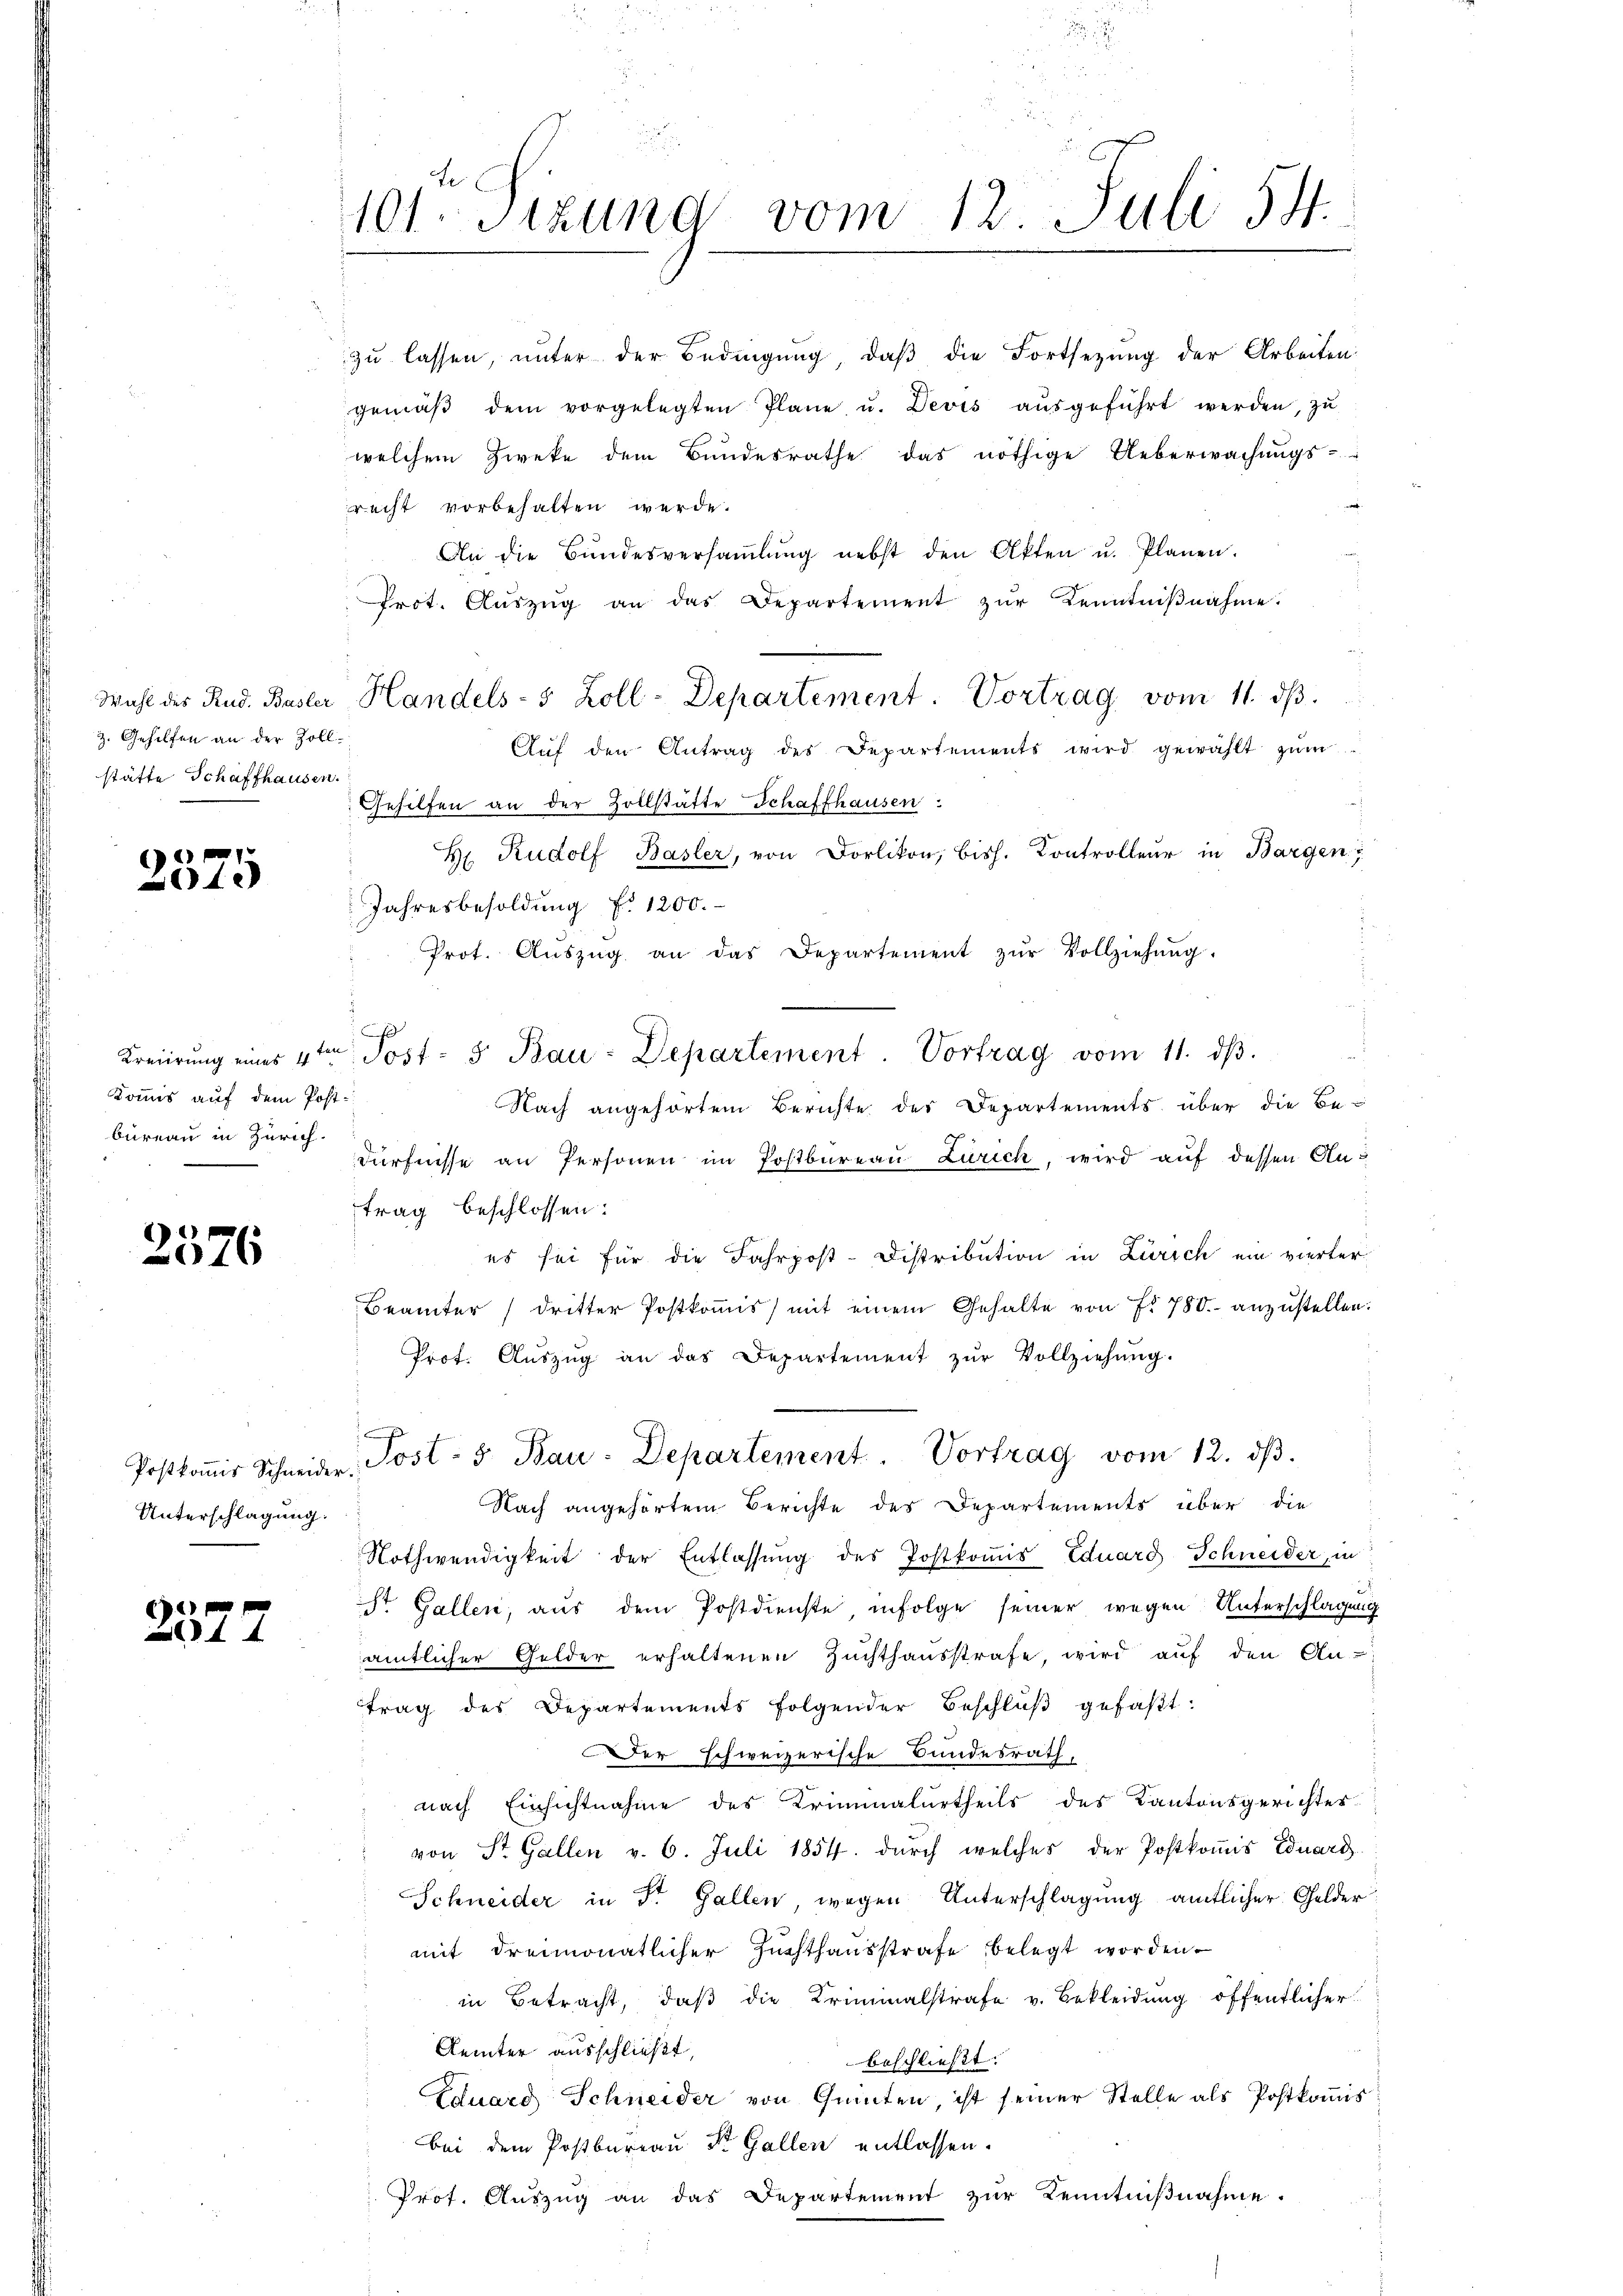
z. Gehilfen an der Zollstätte Schaffhausen.

2575

Kommis auf dem Post-
bureau in Zürich.

2376

Unterschlagung.

p
44

101. Sizung vom 12. Juli 54.

welchem Zweke dem Bundesrathe das nöthige Ueberwachungs-
recht vorbehalten werde.
An die Bŭndesversaṁlŭng nebst den Akten u. Planen.
Prot. Aŭszŭg an das Departement zŭr Kenntniβnahme.
Wahl des Rud. Basler Handels- 5 Zoll-Departement. Vortrag vom 11. dβ.
Aŭf den Antrag des Departements wird gewählt zŭm
Gehilfen an der Zollstätte Schaffhausen
H. Rudolf Basler, von Dorlikon, bish. Controlleur in Bargen
Jahresbesoldung f. 1200.
Prot. Aŭszŭg an das Departement zŭr Vollziehŭng.
Kreiirŭng eines 4ten Post- 5. Bau-Departement. Vortrag vom 11. dβ.
Nach angehörtem Berichte der Departements über die Bedürfnisse an Personen im Postbureau Zürich, wird auf dessen Antrag beschlossen:
es sei für die Fahrpost-Distribution in Zürich ein vierter
Beamter dritter Postkomis) mit einem Gehalte von No 780. anzustellen.
Prot. Aŭszŭg an das Departement zŭr Vollziehŭng.
Postkoṁis Schneider Post- 5. Bau-Departement. Vortrag vom 12. dβ.
Nach angehörtem Berichte des Departements über die
Nothwendigkeit der Entlassung des Postkomis Eduard Schneider, in
St. Gallen, aus dem Postdienste infolge seiner wegen Unterschlagung
amtlicher Gelder erhaltenen Zuchthausstrafe, wird auf den An-
trag des Departements folgender Beschlŭβ gefaβt:
Der schweizerische Bundesrath,
nach Einsichtnahme des Kriminalurtheils des Kantonsgerichter
von St. Gallen v. 6. Juli 1854. durch welches der Postkoṁis Eduard
Schneider in Dr. Gallen, wegen Unterschlagung amtlicher Gelder
mit dreimonatlicher Zuchthausstrafe belegt worden.
in Betracht, daβ die Kriminalstrafe v. Bekleidung öffentlicher
Aemter ausschließt,
beschließt:
Eduard Schneider von Quinten, ist seiner Stelle als Postkomis
bei dem Postbureau St. Gallen entlassen.
Prof. Auszug an das Departement zur Kenntnißnahme.

zu lassen, unter der Bedingung, daß die Fortsetzung der Arbeiten
gemäβ dem vorgelegten Plane u. Devis aŭsgeführt werden, zŭ